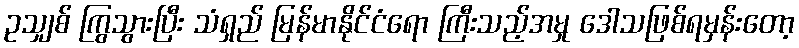
ဥသျှစ် ကြွသွားပြီး သံရှည် မြန်မာနိုင်ငံရော ကြီးသည့်အမှု ဒေါသဖြစ်ရမှန်းတော့